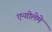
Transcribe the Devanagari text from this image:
एन्गोलेमे